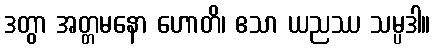
ဒတွာ အတ္တမနော ဟောတိ၊ ဧသာ ယညဿ သမ္ပဒါ။